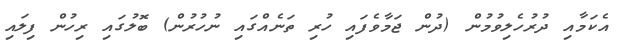
އެކަމާއި ދުރުހެލިވުމުން (ދުން ޖަމާވެފައި ހުރި ތަނެއްގައި ނުހުރުން) ބޮލުގައި ރިހުން ފިލައި